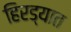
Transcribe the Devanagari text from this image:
हिरड्यात